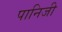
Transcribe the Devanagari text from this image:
पानिजी